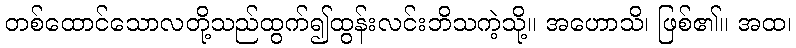
တစ်ထောင်သောလတို့သည်ထွက်၍ထွန်းလင်းဘိသကဲ့သို့။ အဟောသိ၊ ဖြစ်၏။ အထ၊